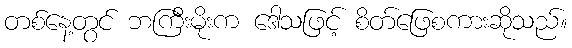
တစ်နေ့တွင် ဘကြီးမိုးက ဒေါသဖြင့် စိတ်ဖြေစကားဆိုသည်။